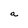
Character: a